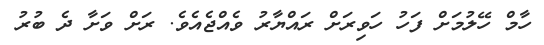
ހާމް ހޭލުމަށް ފަހު ހަވިރަށް ރައްޔާރު ވެއްޖެއެވެ. ރަށް ވަށާ ދެ ބުރު